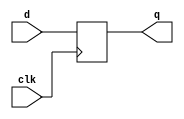
module dff(clk,d,q);
  input clk,d;
  output reg q=0;
  always @(posedge clk)
    begin 
      q<=d;
    end
endmodule